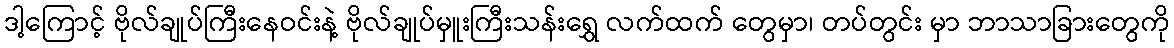
ဒါ့ကြောင့် ဗိုလ်ချုပ်ကြီးနေဝင်းနဲ့ ဗိုလ်ချုပ်မှူးကြီးသန်းရွှေ လက်ထက် တွေမှာ၊ တပ်တွင်း မှာ ဘာသာခြားတွေကို